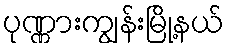
ပုဏ္ဏားကျွန်းမြို့နယ်